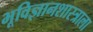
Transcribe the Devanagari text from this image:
भूविज्ञानशास्त्राला